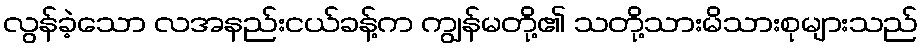
လွန်ခဲ့သော လအနည်းငယ်ခန့်က ကျွန်မတို့၏ သတို့သားမိသားစုများသည်